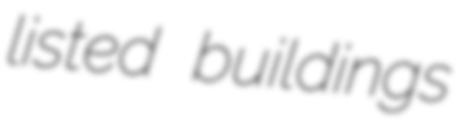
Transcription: listed buildings